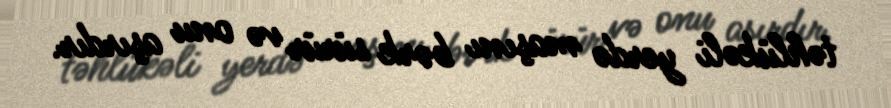
təhlükəli yerdə maşını bərk sürür və onu aşırdır.